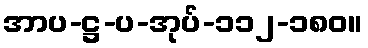
အာပ-ဋ္ဌ-ပ-အုပ်-၁၁၂-၁၈၀။